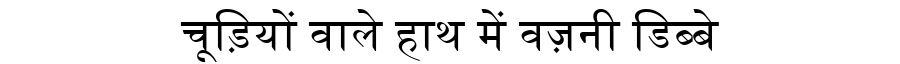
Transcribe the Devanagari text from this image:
चूड़ियों वाले हाथ में वज़नी डिब्बे